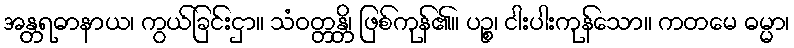
အန္တရဓာနာယ၊ ကွယ်ခြင်းငှာ။ သံဝတ္တန္တိ၊ ဖြစ်ကုန်၏။ ပဉ္စ၊ ငါးပါးကုန်သော။ ကတမေ ဓမ္မာ၊